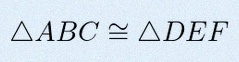
\triangle ABC\cong\triangle DEF